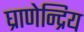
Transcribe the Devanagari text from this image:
घ्राणेन्द्रिय